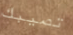
تصيبك